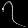
Digit: ၇